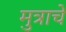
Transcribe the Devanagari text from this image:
मुत्राचे